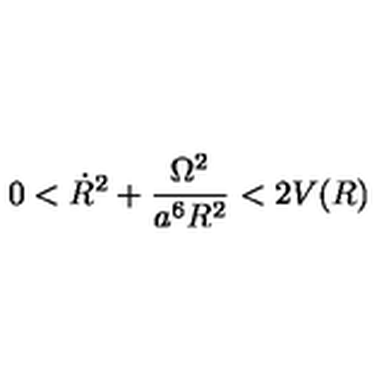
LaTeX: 0 < \dot { R } ^ { 2 } + \frac { \Omega ^ { 2 } } { a ^ { 6 } R ^ { 2 } } < 2 V ( R )